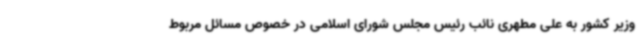
وزیر کشور به علی مطهری نائب رئیس مجلس شورای اسلامی در خصوص مسائل مربوط